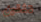
تثقين